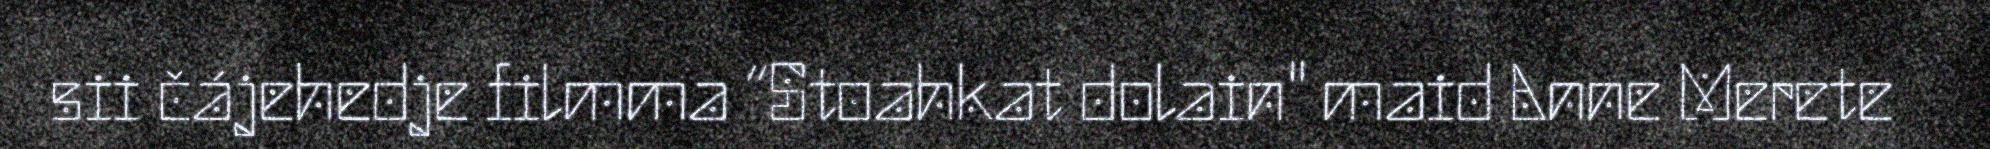
sii čájehedje filmma “Stoahkat dolain" maid Anne Merete